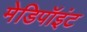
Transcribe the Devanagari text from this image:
मेडिपॉइंट